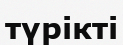
түрікті